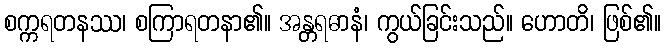
စက္ကရတနဿ၊ စကြာရတနာ၏။ အန္တရဓာနံ၊ ကွယ်ခြင်းသည်။ ဟောတိ၊ ဖြစ်၏။